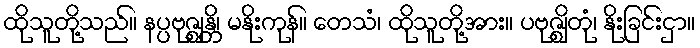
ထိုသူတို့သည်။ နပ္ပဗုဇ္ဈန္တိ၊ မနိုးကုန်။ တေသံ၊ ထိုသူတို့အား။ ပဗုဇ္ဈိတုံ၊ နိုးခြင်းငှာ။